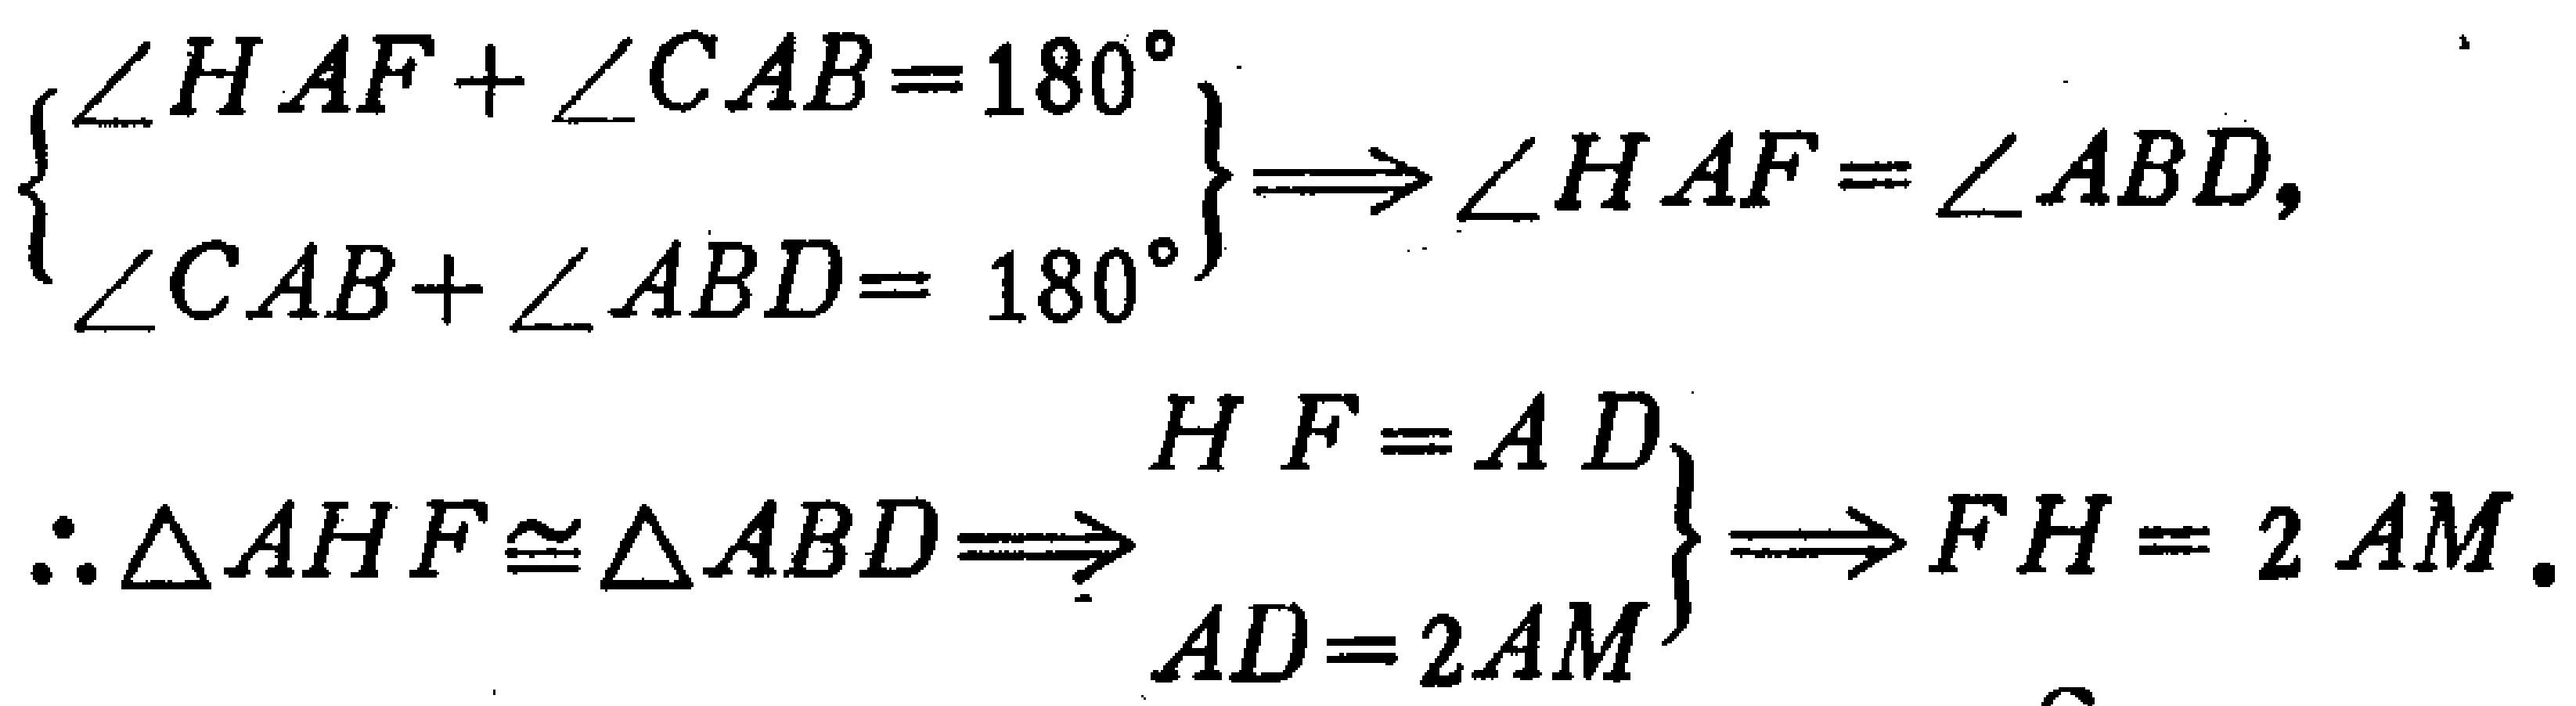
\[
\begin{cases}
\angle HAF + \angle CAB = 180^{\circ}\\
\angle CAB+\angle ABD = 180^{\circ}
\end{cases}
\Rightarrow \angle HAF=\angle ABD,
\]
\[
\therefore \triangle AHF\cong\triangle ABD\Rightarrow
\begin{cases}
HF = AD\\
AD = 2AM
\end{cases}
\Rightarrow FH = 2AM.
\]